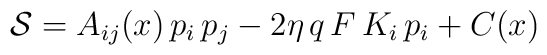
{\cal S}=A_{ij}(x)\,p_i\,p_j-2\eta\,q\,F\,K_i\,p_i+C(x)